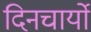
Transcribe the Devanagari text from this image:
दिनचार्यो